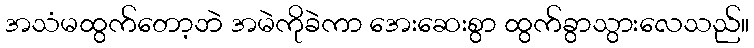
အသံမထွက်တော့ဘဲ အမဲကိုခဲကာ အေးဆေးစွာ ထွက်ခွာသွားလေသည်။